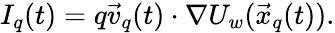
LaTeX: I_{q}(t)=q\vec{v}_{q}(t)\cdot\nabla U_{w}(\vec{x}_{q}(t)).